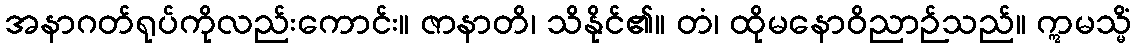
အနာဂတ်ရုပ်ကိုလည်းကောင်း။ ဇာနာတိ၊ သိနိုင်၏။ တံ၊ ထိုမနောဝိညာဉ်သည်။ ဣမသ္မိံ